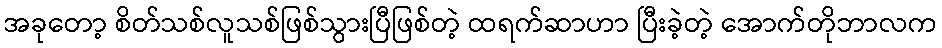
အခုတော့ စိတ်သစ်လူသစ်ဖြစ်သွားပြီဖြစ်တဲ့ ထရက်ဆာဟာ ပြီးခဲ့တဲ့ အောက်တိုဘာလက